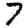
Digit: 7